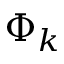
\Phi _ { k }